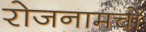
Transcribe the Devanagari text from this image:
रोजनामचों